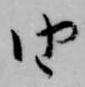
由